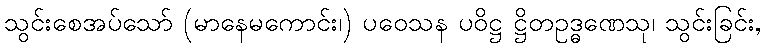
သွင်းစေအပ်သော် (မာနေမကောင်း၊) ပဝေသန ပဝိဋ္ဌ ဋ္ဌိတဥဒ္ဓဏေသု၊ သွင်းခြင်း,